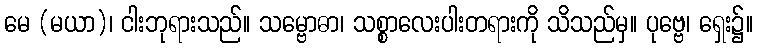
မေ (မယာ)၊ ငါးဘုရားသည်။ သမ္ဗောဓာ၊ သစ္စာလေးပါးတရားကို သိသည်မှ။ ပုဗ္ဗေ၊ ရှေး၌။